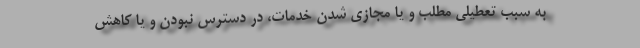
به سبب تعطیلی مطلب و یا مجازی شدن خدمات، در دسترس نبودن و یا کاهش